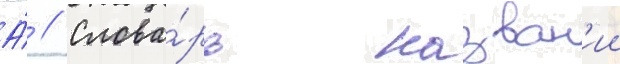
А́ // Слова́рь назван'ии